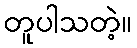
တူပါသတဲ့။